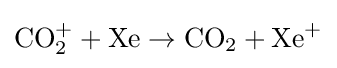
{\rm {CO_{2}^{+}+Xe\rightarrow CO_{2}+Xe^{+}}}